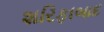
શરિફાબાદ